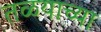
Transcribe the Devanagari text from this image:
तळयाच्या